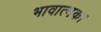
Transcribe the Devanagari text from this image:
भावात्मक।